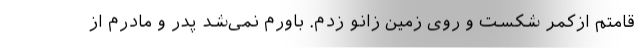
قامتم ازکمر شکست و روی زمین زانو زدم. باورم نمی‌شد پدر و مادرم از